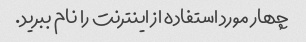
چهار مورد استفاده از اینترنت را نام ببرید.